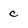
Character: c